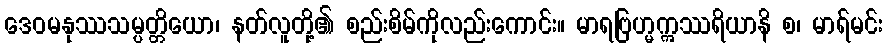
ဒေဝမနုဿသမ္ပတ္တိယော၊ နတ်လူတို့၏ စည်းစိမ်ကိုလည်းကောင်း။ မာရဗြဟ္မဣဿရိယာနိ စ၊ မာရ်မင်း